Scottish Leaving Certificate Examination, 1951
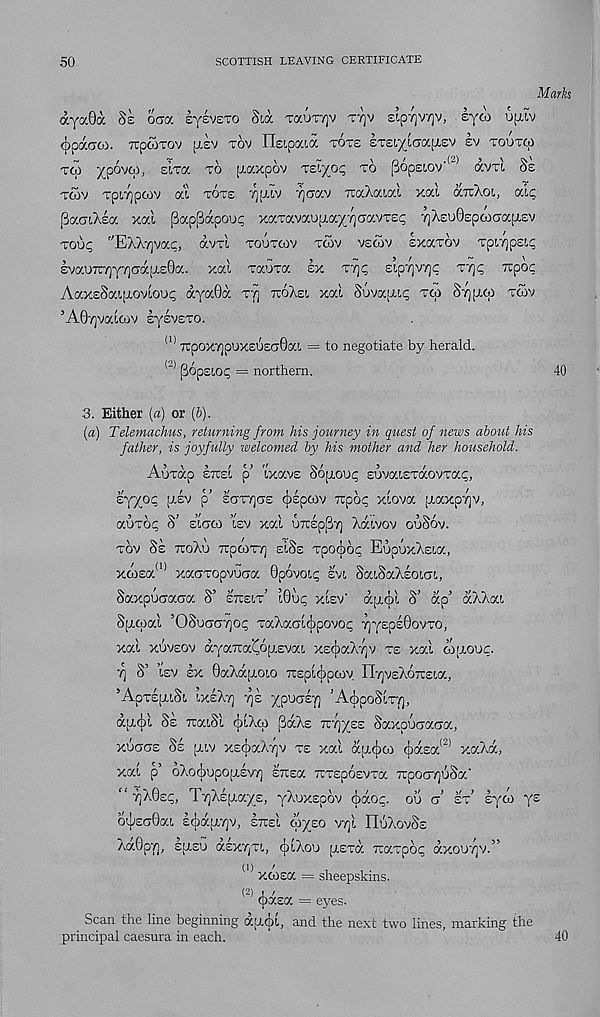
50
SCOTTISH LEAVING CERTIFICATE
Marks
ayaOa 8s ocra sysvsTO Sid TauT7)v tt]v sipvjVTjy, syw ufxiv
(})pdCT03. TcpwTOv ptsv TOV ITeipocid TOTS STSiyiCJOCpiSV SV TOOTM
tw ypovqi, s’lTa to piaxpov Tsiyo;; to popsiov'
dvTi 8s
tcov TpiYjpMV ai tots ypdv 7]crav TraXaiai xal druXoi, alq
jBacnXsa xal ^appapouq xaTavaup.ayycravTsq y)Xso0spoocra[Asv
Touq "EXX-/]vac, dvTi toutcav tcov vscov sxaTOV Tpiypsiq
svaurcyjy?] ad. [i.s0a. xal TauTa sx ty)<; sipyjvyc Tyq Tspoc
AaxsSaijaovlooq dya0d tt) tsoXsi xal Suva[J.iq tco 87][xco tcov
5 A0'qvalcov sysvsTO.
(1) 7rpox7]puxsuscr0ai = to negotiate by herald.
(_) popsioq = northern.
40
3. Either (a) or (6).
(a) Telemachus, returning from his journey in quest of news about his
father, is joyfully welcomed by his mother and her household.
Airrap stusi p’ ixavs Sopiouq sovaisTaovTac,
syyoq [asv a sctt7)cts (jispcov Tipoq xlova [aaxpTjv,
auToq S’ slcrco isv xal UTrspPy] Xdivov ouSov.
TOV Ss TTOXu TTpCOTT] ElSs TpOfjlOq EupUxXsia,
xcosa 01 xaaTopvuaa Opovocc svi SaiSaXsoiai,
Saxpoaaaa 8’ sttsit’ i0oq xlsv' dpubl 8’ dp’ dXXai
Sjacoal ’OSucTCJTjoq TaXaalcbpovop yyspsOovTO,
xal xuvsov dyaTca'Co[Asvai xscjjaXvjv ts xal coiaouc
7] S’ isv lx 0aXdjj.oio 7rsplcj)pcoy IlrjVsXoTrsia,
’ApTSpuSl IXsXt) TjS ypUCTST] ’AcjjpoSlTT],
ajxcju Ss rcaiSl ctilXco pdXs Tz~r\yzz SaxpucTacra,
xoctcts Ss [Aiv xscjiaXyjv ts xal djAcjico c|)dsa <2) xaXd,
Xal p 0X0(j)Up0[ASV7) STCSa TCTSpOSVTa 7rpoc7]u8a'
“ ffhSzc,, T7]Xs[Aays, yXuxspov Ados, ou a st’ syco ys
o-|sG0ai s^dfATjv, IttsI wyso VTjl HoXovSs
XaOpyj, sp.su asxr^Ti, cjilXou psTa rcaTpoq dxouy]v.”
(1) /
xcosa = sheepskins.
(2) i /
cpasa = eyes.
Scan the line beginning dpcjx, and the next two lines, marking the
principal caesura in each.
40